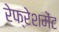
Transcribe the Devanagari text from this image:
रेफ्रेशमेंट